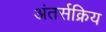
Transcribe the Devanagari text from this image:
अंतर्सक्रिय